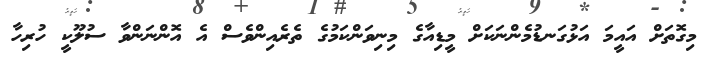
މިގޮތަށް އައީމަ އަޅުގަނޑުމެންނަކަށް މީޑިއާގެ މިނިވަންކަމުގެ ތެރެއިންވެސް އެ އޮންނަންވާ ސުލޫކީ ހުރިހާ